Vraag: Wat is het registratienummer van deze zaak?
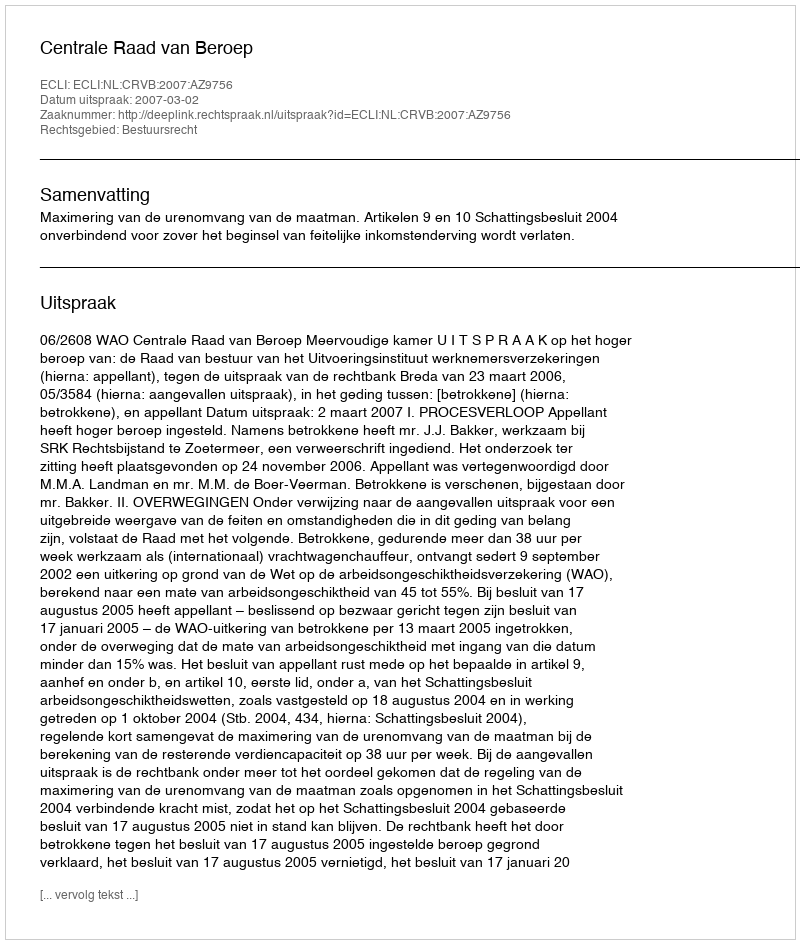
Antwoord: http://deeplink.rechtspraak.nl/uitspraak?id=ECLI:NL:CRVB:2007:AZ9756